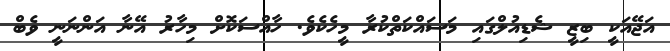
އަޖޭއަކީ ބިޒީ ޝެޑިއުލްގައި މަސައްކަތްކުރާ މީހެކެވެ. ހާއްސަކޮށް މިހާރު އޭނާ އަންނަނީ ވެބް